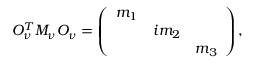
O _ { \nu } ^ { T } M _ { \nu } O _ { \nu } = \left( \begin{array} { c c c } { { m _ { 1 } } } & { { } } & { { } } \\ { { } } & { { i m _ { 2 } } } & { { } } \\ { { } } & { { } } & { { m _ { 3 } } } \end{array} \right) ,